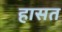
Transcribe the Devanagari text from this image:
हासत